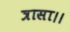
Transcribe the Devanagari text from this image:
त्रासा।।